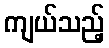
ကျယ်သည့်